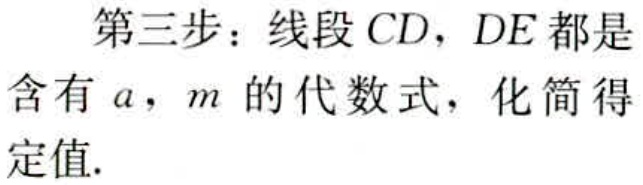
第三步：线段 \(CD\)，\(DE\) 都是
含有 \(a\)，\(m\) 的代数式，化简得
定值.